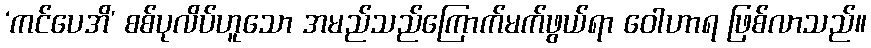
‘ကင်ပေအိ’ စစ်ပုလိပ်ဟူသော အမည်သည်ကြောက်မက်ဖွယ်ရာ ဝေါဟာရ ဖြစ်လာသည်။